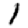
Digit: 1